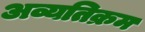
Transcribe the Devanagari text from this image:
अव्यतिक्रम